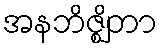
အနဘိဇ္ဈိတာ